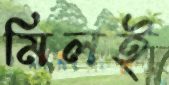
মিলই